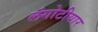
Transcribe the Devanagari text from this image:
लंगोटीयार